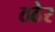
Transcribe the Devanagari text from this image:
ठठेर